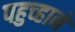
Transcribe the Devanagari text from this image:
पहुच्हाने